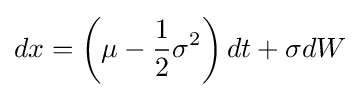
dx=\left(\mu -{1 \over {2}}\sigma ^{2}\right)dt+\sigma dW